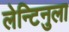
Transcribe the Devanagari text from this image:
लेन्टिनुला